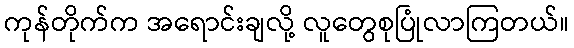
ကုန်တိုက်က အရောင်းချလို့ လူတွေစုပြုံလာကြတယ်။